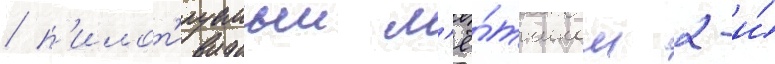
/ п'илот'ируемыи л'ё́тчиком 2-и́